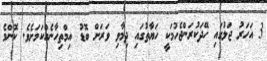
3 އަހަރު ޖަލުގައި ހޭދަކުރަންޖެހުމަކީ ހަޔާތުގައި ދިމާވި ވަރަށް ބޮޑު އިމްތިހާނެއްކަމަށެވެ. ކޮންމެ